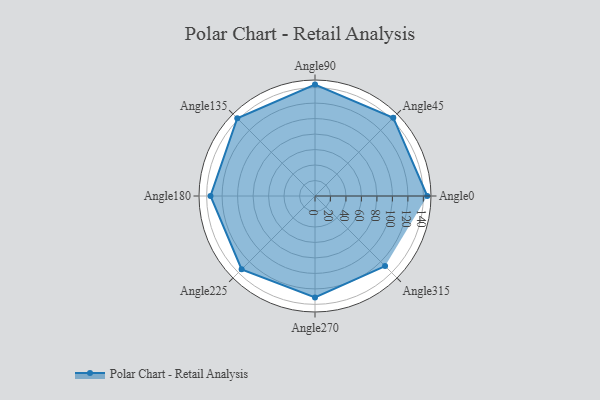
{"axis": {"x": "Angle", "y": "Radius"}, "legend": [""], "data": [{"x": "Angle0", "y": 145.0, "type": ""}, {"x": "Angle45", "y": 143.0, "type": ""}, {"x": "Angle90", "y": 144.0, "type": ""}, {"x": "Angle135", "y": 142.0, "type": ""}, {"x": "Angle180", "y": 135.0, "type": ""}, {"x": "Angle225", "y": 134.0, "type": ""}, {"x": "Angle270", "y": 131.0, "type": ""}, {"x": "Angle315", "y": 128.0, "type": ""}]}